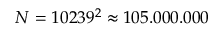
N = 1 0 2 3 9 ^ { 2 } \approx 1 0 5 . 0 0 0 . 0 0 0